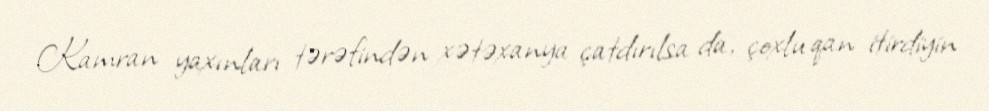
Kamran yaxınları tərəfindən xətəxanya çatdırılsa da, çoxlu qan itirdiyin